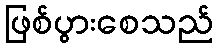
ဖြစ်ပွားစေသည်